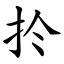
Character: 扵